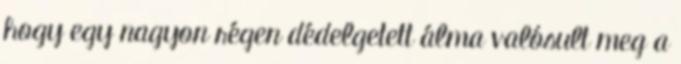
hogy egy nagyon régen dédelgetett álma valósult meg a